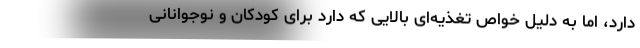
دارد، اما به دلیل خواص تغذیه‌ای بالایی که دارد برای کودکان و نوجوانانی